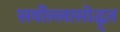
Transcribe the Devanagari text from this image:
सर्वोल्लासोद्धृत